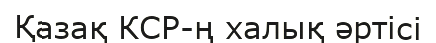
Қазақ КСР-ң халық әртісі